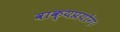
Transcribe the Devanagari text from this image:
वाक्यप्रयोगः